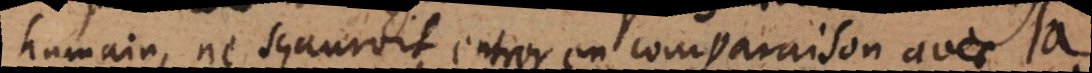
humain, ne sçauroit entrer en comparaison avec la